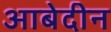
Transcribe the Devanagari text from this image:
आबेदीन